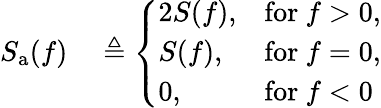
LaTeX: \begin{array}{rl}{S_{\mathrm{a}}(f)}&{{}\triangleq{\left\{ \begin{array}{ll}{2S(f),}&{{\mathrm{for}}\ f>0,}\\ {S(f),}&{{\mathrm{for}}\ f=0,}\\ {0,}&{{\mathrm{for}}\ f<0}\end{array}\right.}}\end{array}